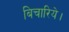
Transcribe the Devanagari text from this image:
बिचारिये।